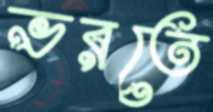
ভরতে